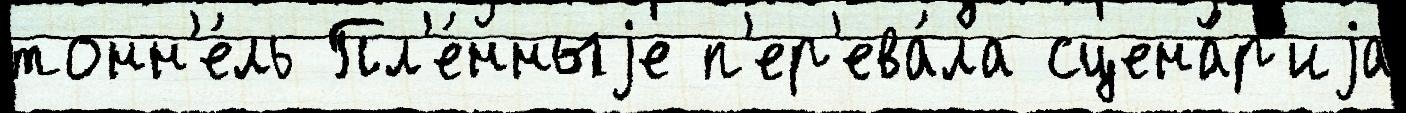
тонн'е́ль Пл'е́нныjе п'ер'ева́ла сцена́р'иjа